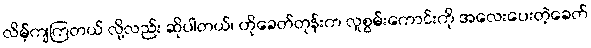
လိမ့်ကျကြတယ် လို့လည်း ဆိုပါတယ်၊ ဟိုခေတ်တုန်းက လူစွမ်းကောင်းကို အလေးပေးတဲ့ခေတ်